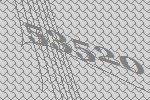
53520